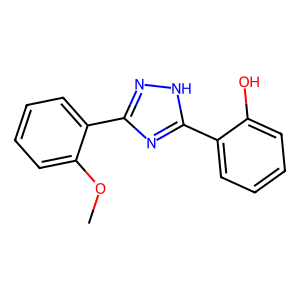
SMILES: COc1ccccc1-c1n[nH]c(-c2ccccc2O)n1
Inhibits HIV replication: No